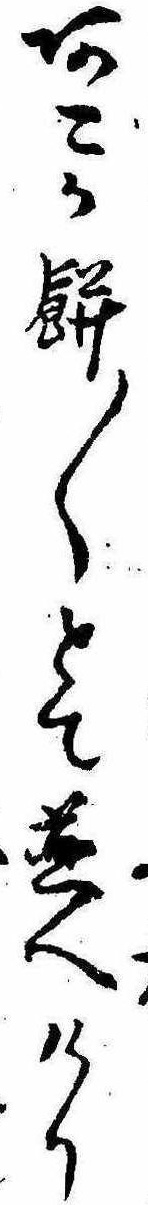
あこか餅〱とて並へけり